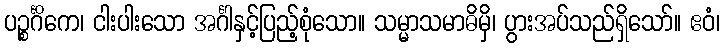
ပဉ္စင်္ဂိကေ၊ ငါးပါးသော အင်္ဂါနှင့်ပြည့်စုံသော။ သမ္မာသမာဓိမှိ၊ ပွားအပ်သည်ရှိသော်။ ဧဝံ၊